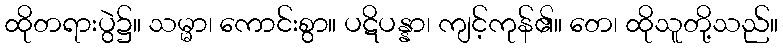
ထိုတရားပွဲ၌။ သမ္မာ၊ ကောင်းစွာ။ ပဋိပန္နာ၊ ကျင့်ကုန်၏။ တေ၊ ထိုသူတို့သည်။